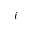
i